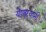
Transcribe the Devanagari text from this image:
येणाऱ्यांनी